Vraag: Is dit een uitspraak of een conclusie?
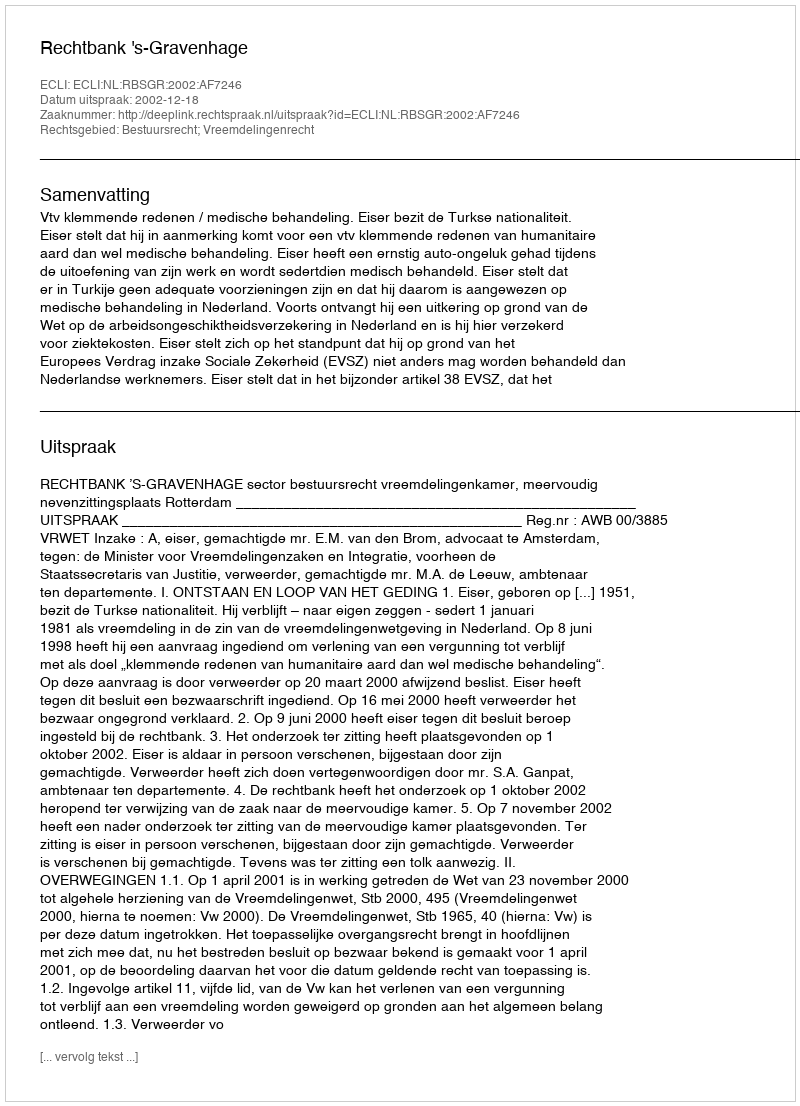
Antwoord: Uitspraak